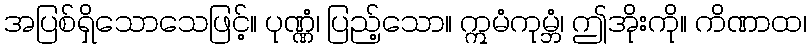
အပြစ်ရှိသောသေဖြင့်။ ပုဏ္ဏံ၊ ပြည့်သော။ ဣမံကုမ္ဘံ၊ ဤအိုးကို။ ကိဏာထ၊